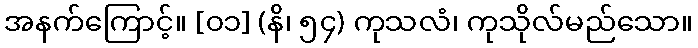
အနက်ကြောင့်။ [၀၁] (နိ၊ ၅၄) ကုသလံ၊ ကုသိုလ်မည်သော။